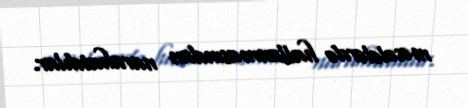
məsələlərdə hallanmasından narahatdılar.